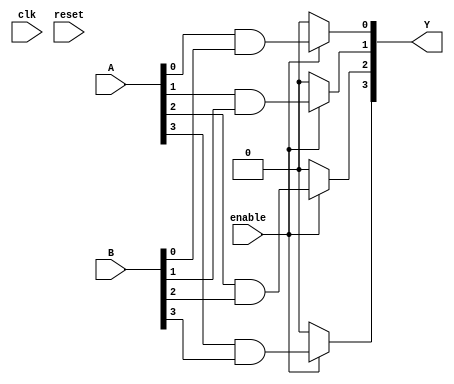
module combinational_logic_block (
    input wire [3:0] A,          // 4-bit input vector
    input wire [3:0] B,          // Another 4-bit input vector
    input wire enable,           // Enable signal for logic elements
    input wire clk,              // Global clock signal (not used in combinational logic)
    input wire reset,            // Global reset signal (not used in combinational logic)
    output wire [3:0] Y          // 4-bit output vector
);

// Lookup Table (LUT) for each Logic Element (LE)
wire [3:0] lut_out;

// Example LUT configuration (AND function for A and B)
assign lut_out[0] = enable ? (A[0] & B[0]) : 1'b0;
assign lut_out[1] = enable ? (A[1] & B[1]) : 1'b0;
assign lut_out[2] = enable ? (A[2] & B[2]) : 1'b0;
assign lut_out[3] = enable ? (A[3] & B[3]) : 1'b0;

// Interconnects (directly connecting LUT outputs to the final output)
assign Y = lut_out;

// Output drivers (simple buffer implementation)
wire [3:0] output_buffer;
assign output_buffer = Y; // Drive the output

endmodule